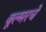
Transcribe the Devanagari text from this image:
वूल्मरचे